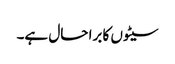
سیٹوں کا برا حال ہے۔